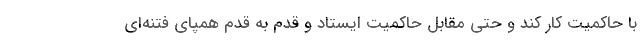
با حاکمیت کار کند و حتی مقابل حاکمیت ایستاد و قدم به قدم همپای فتنه‌ای